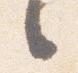
之